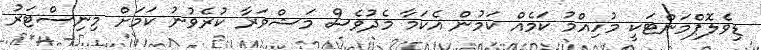
ޑިވެލޮޕްމަންޓަކީ މުހިއްމު ކަމެއް ކަމުން އެކަމާ މެދުވެސް މަޝްވަރާ ކުރެވުނު ކަމަށް މިނިސްޓަރު